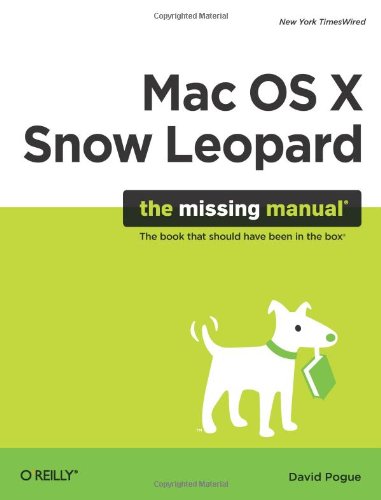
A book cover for Mac OS X Snow Leopard: The Missing Manual (Missing Manuals); David Pogue; Computers & Technology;